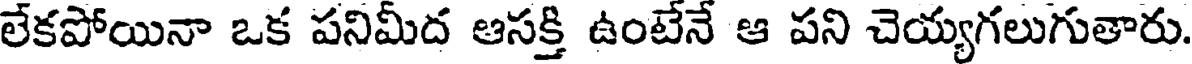
లేకపోయినా ఒక పనిమీద ఆసక్తి ఉంటేనే ఆ పని చెయ్యగలుగుతారు